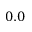
0 . 0